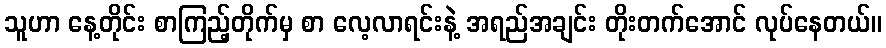
သူဟာ နေ့တိုင်း စာကြည့်တိုက်မှ စာ လေ့လာရင်းနဲ့ အရည်အချင်း တိုးတက်အောင် လုပ်နေတယ်။